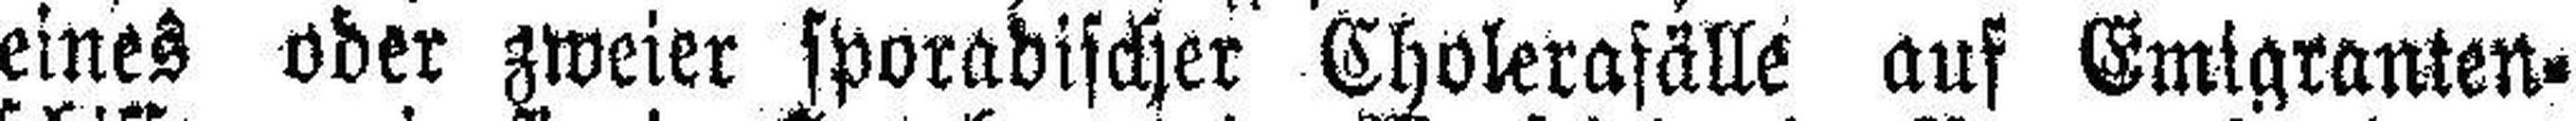
eines oder zweier sporadischer Cholerafälle auf Emigranten¬